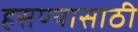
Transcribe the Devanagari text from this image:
हसण्यासाठी